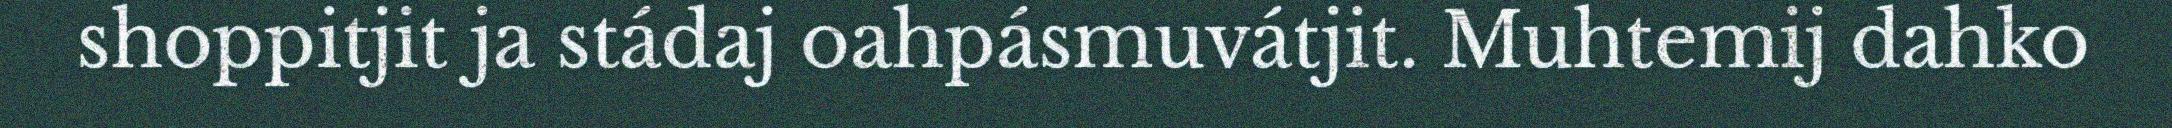
shoppitjit ja stádaj oahpásmuvátjit. Muhtemij dahko